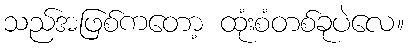
သည်အဖြစ်ကတော့ ထုံးစံတစ်ခုပဲလေ။